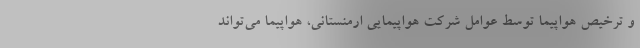
و ترخیص هواپیما توسط عوامل شرکت هواپیمایی ارمنستانی، هواپیما می‌تواند